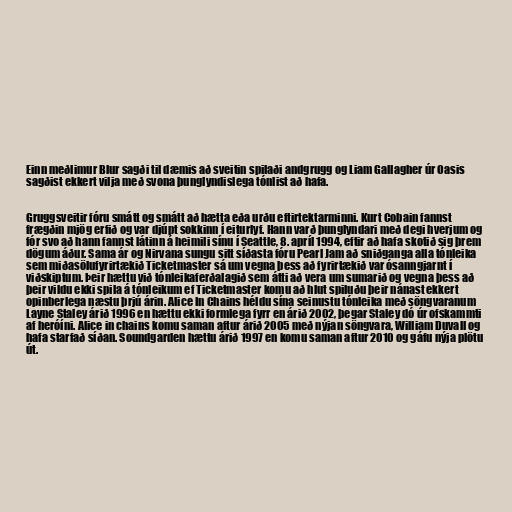
Einn meðlimur Blur sagði til dæmis að sveitin spilaði andgrugg og Liam Gallagher úr Oasis
sagðist ekkert vilja með svona þunglyndislega tónlist að hafa.

Gruggsveitir fóru smátt og smátt að hætta eða urðu eftirtektarminni. Kurt Cobain fannst
frægðin mjög erfið og var djúpt sokkinn í eiturlyf. Hann varð þunglyndari með degi hverjum og
fór svo að hann fannst látinn á heimili sínu í Seattle, 8. apríl 1994, eftir að hafa skotið sig þrem
dögum áður. Sama ár og Nirvana sungu sitt síðasta fóru Pearl Jam að sniðganga alla tónleika
sem miðasölufyrirtækið Ticketmaster sá um vegna þess að fyrirtækið var ósanngjarnt í
viðskiptum. Þeir hættu við tónleikaferðalagið sem átti að vera um sumarið og vegna þess að
þeir vildu ekki spila á tónleikum ef Ticketmaster komu að hlut spiluðu þeir nánast ekkert
opinberlega næstu þrjú árin. Alice In Chains héldu sína seinustu tónleika með söngvaranum
Layne Staley árið 1996 en hættu ekki formlega fyrr en árið 2002, þegar Staley dó úr ofskammti
af heróíni. Alice in chains komu saman aftur árið 2005 með nýjan söngvara, William Duvall og
hafa starfað síðan. Soundgarden hættu árið 1997 en komu saman aftur 2010 og gáfu nýja plötu
út.